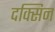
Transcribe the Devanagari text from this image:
दक्सिन